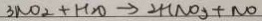
3 N O _ { 2 } + H _ { 2 } O \rightarrow 2 H N O _ { 3 } + N O